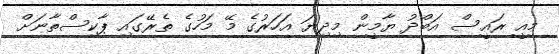
މިއީ ރައީސް އަބްދު ޔާމީން މިދިޔަ އަހަރުގެ މޭ މަހުގެ ތެރޭގައި ޕާކިސްތާނަށް